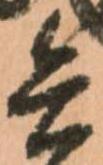
兵